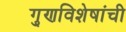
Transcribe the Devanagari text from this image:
गु्णविशेषांची